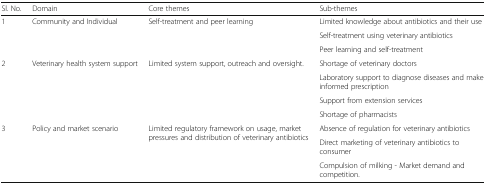
<table><thead><tr><td><b>Sl. No.</b></td><td><b>Domain</b></td><td><b>Core themes</b></td><td><b>Sub-themes</b></td></tr></thead><tbody><tr><td rowspan="3">1</td><td rowspan="3">Community and Individual</td><td rowspan="3">Self-treatment and peer learning</td><td>Limited knowledge about antibiotics and their use</td></tr><tr><td>Self-treatment using veterinary antibiotics</td></tr><tr><td>Peer learning and self-treatment</td></tr><tr><td rowspan="4">2</td><td rowspan="4">Veterinary health system support</td><td rowspan="4">Limited system support, outreach and oversight.</td><td>Shortage of veterinary doctors</td></tr><tr><td>Laboratory support to diagnose diseases and make informed prescription</td></tr><tr><td>Support from extension services</td></tr><tr><td>Shortage of pharmacists</td></tr><tr><td rowspan="3">3</td><td rowspan="3">Policy and market scenario</td><td rowspan="3">Limited regulatory framework on usage, market pressures and distribution of veterinary antibiotics</td><td>Absence of regulation for veterinary antibiotics</td></tr><tr><td>Direct marketing of veterinary antibiotics to consumer</td></tr><tr><td>Compulsion of milking - Market demand and competition.</td></tr></tbody></table>